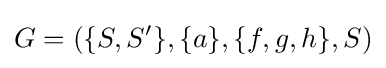
G=(\{S,S'\},\{a\},\{f,g,h\},S)